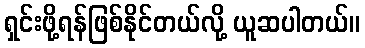
ရှင်းဖို့ရန်ဖြစ်နိုင်တယ်လို့ ယူဆပါတယ်။